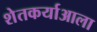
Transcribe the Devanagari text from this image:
शेतकर्याआला